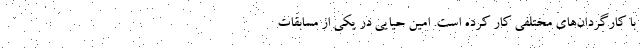
با کارگردان‌های مختلفی کار کرده است. امین حیایی در یکی از مسابقات